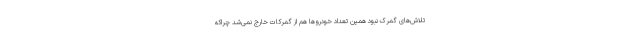
تلاش‌های گمرک نبود همین تعداد خودروها هم از گمرکات خارج نمی‌شد چراکه